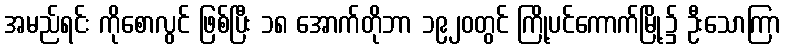
အမည်ရင်း ကိုစောလွင် ဖြစ်ပြီး ၁၈ အောက်တိုဘာ ၁၉၂၀တွင် ကြို့ပင်ကောက်မြို့၌ ဦးသောကြာ